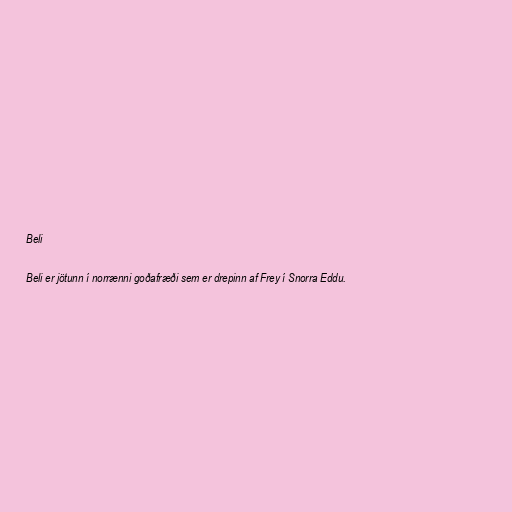
Beli

Beli er jötunn í norrænni goðafræði sem er drepinn af Frey í Snorra Eddu.